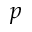
p